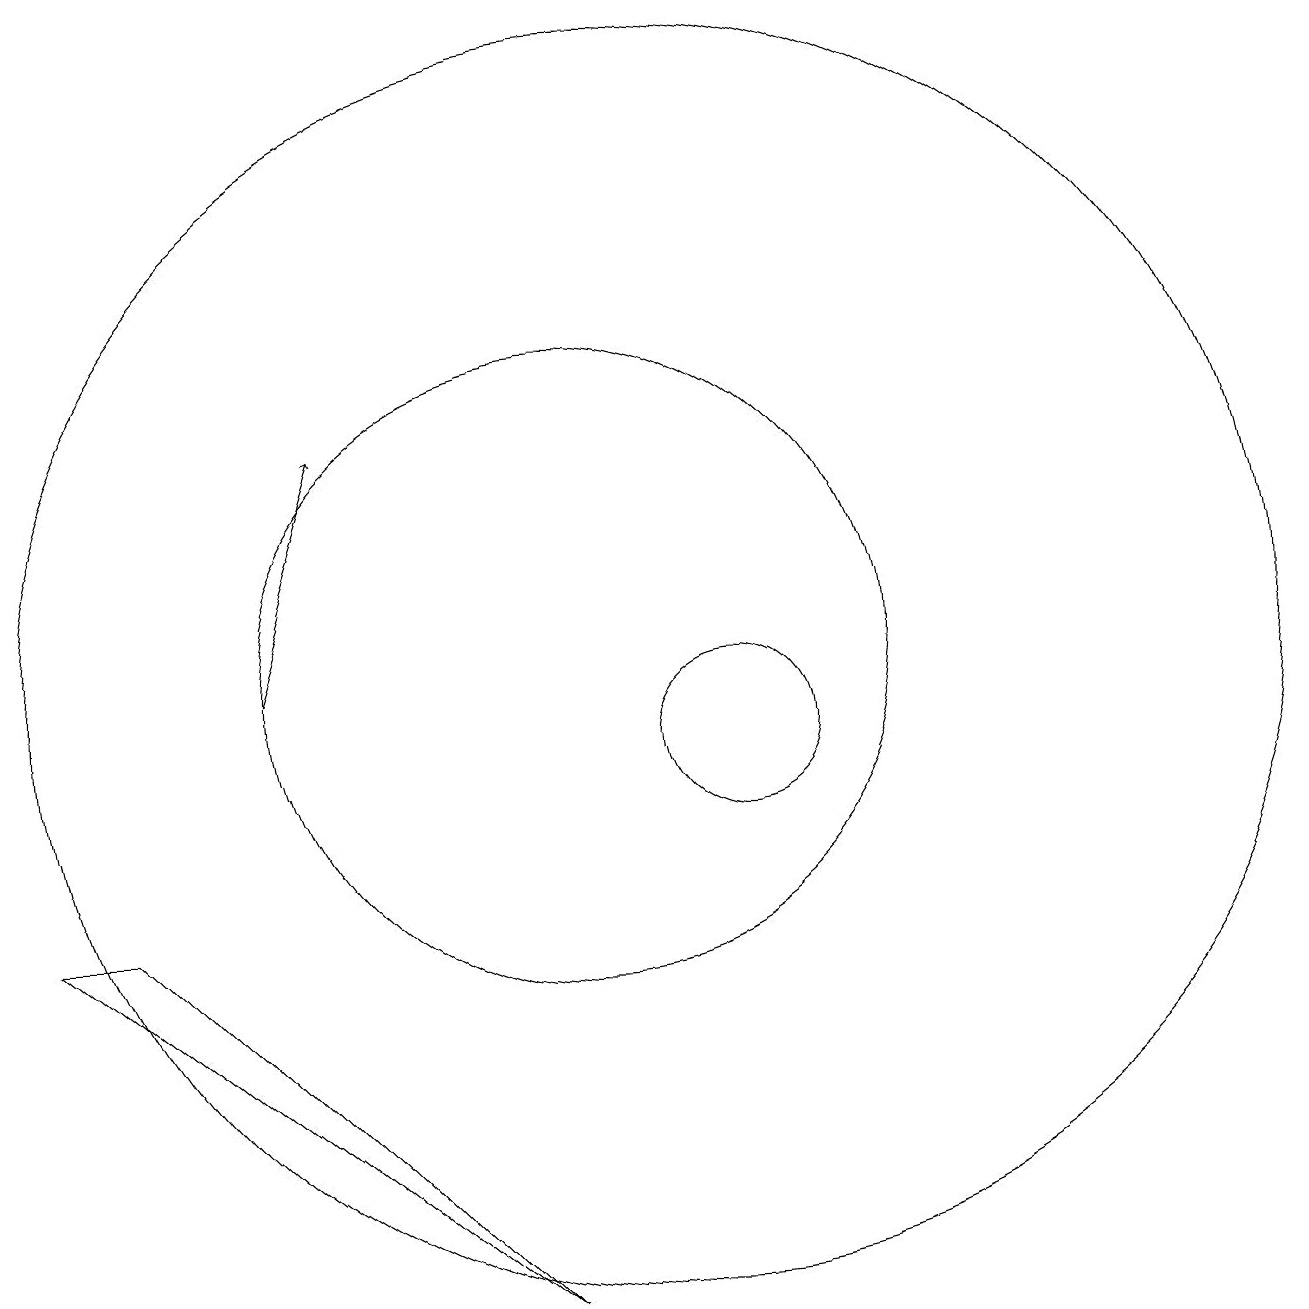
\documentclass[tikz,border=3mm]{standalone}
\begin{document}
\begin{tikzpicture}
\draw (12,10) circle (1);
\draw (11,11) circle (8);
\draw (10,11) circle (4);
\draw (3,8) -- (9,3) -- (4,8) -- cycle;
\draw[->] (6,11) -- (7,14);
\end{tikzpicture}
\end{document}